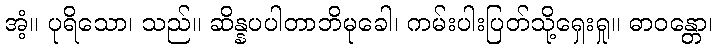
အံ့။ ပုရိသော၊ သည်။ ဆိန္နပပါတာဘိမုခေါ၊ ကမ်းပါးပြတ်သို့ရှေးရှု။ ဓာဝန္တော၊